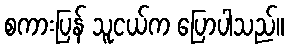
စကားပြန် သူငယ်က ပြောပါသည်။